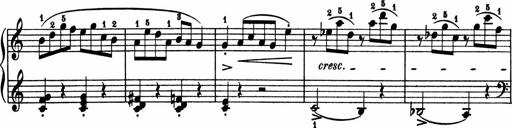
Title: 2 Sonatinen
Composer: Lambertus Adrianus van Tetterode